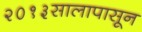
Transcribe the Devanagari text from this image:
२०१३सालापासून